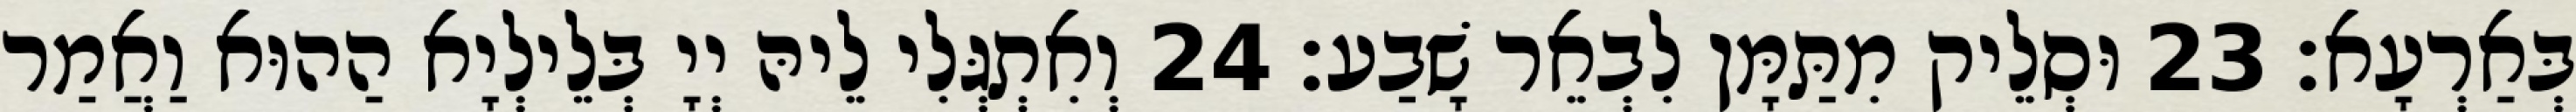
בְּאַרְעָא׃ 23 וּסְלֵיק מִתַּמָּן לִבְאֵר שָׁבַע׃ 24 וְאִתְגְּלִי לֵיהּ יְיָ בְּלֵילְיָא הַהוּא וַאֲמַר